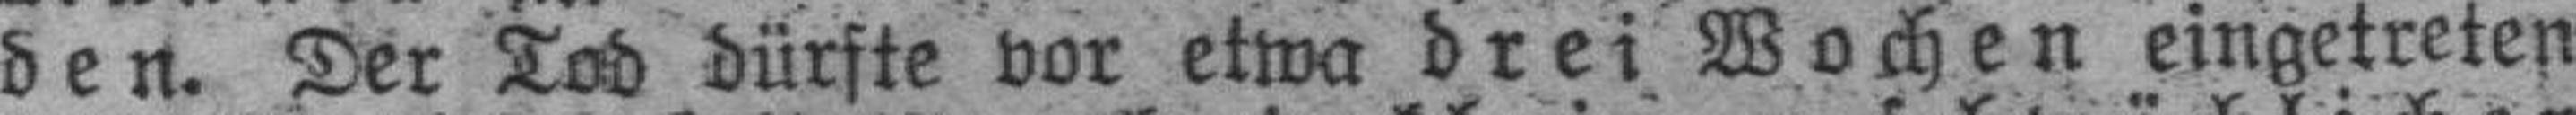
den. Der Tod dürfte vor etwa drei Wochen eingetreten